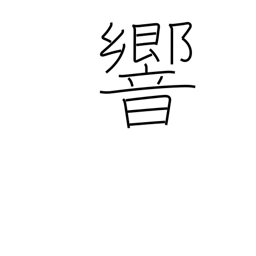
Meaning: vibrate